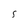
Character: S